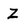
Character: Z